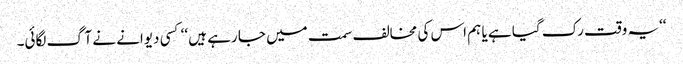
‘‘یہ وقت رک گیا ہے یا ہم اس کی مخالف سمت میں جا رہے ہیں ‘‘ کسی دیوانے نے آگ لگائی۔